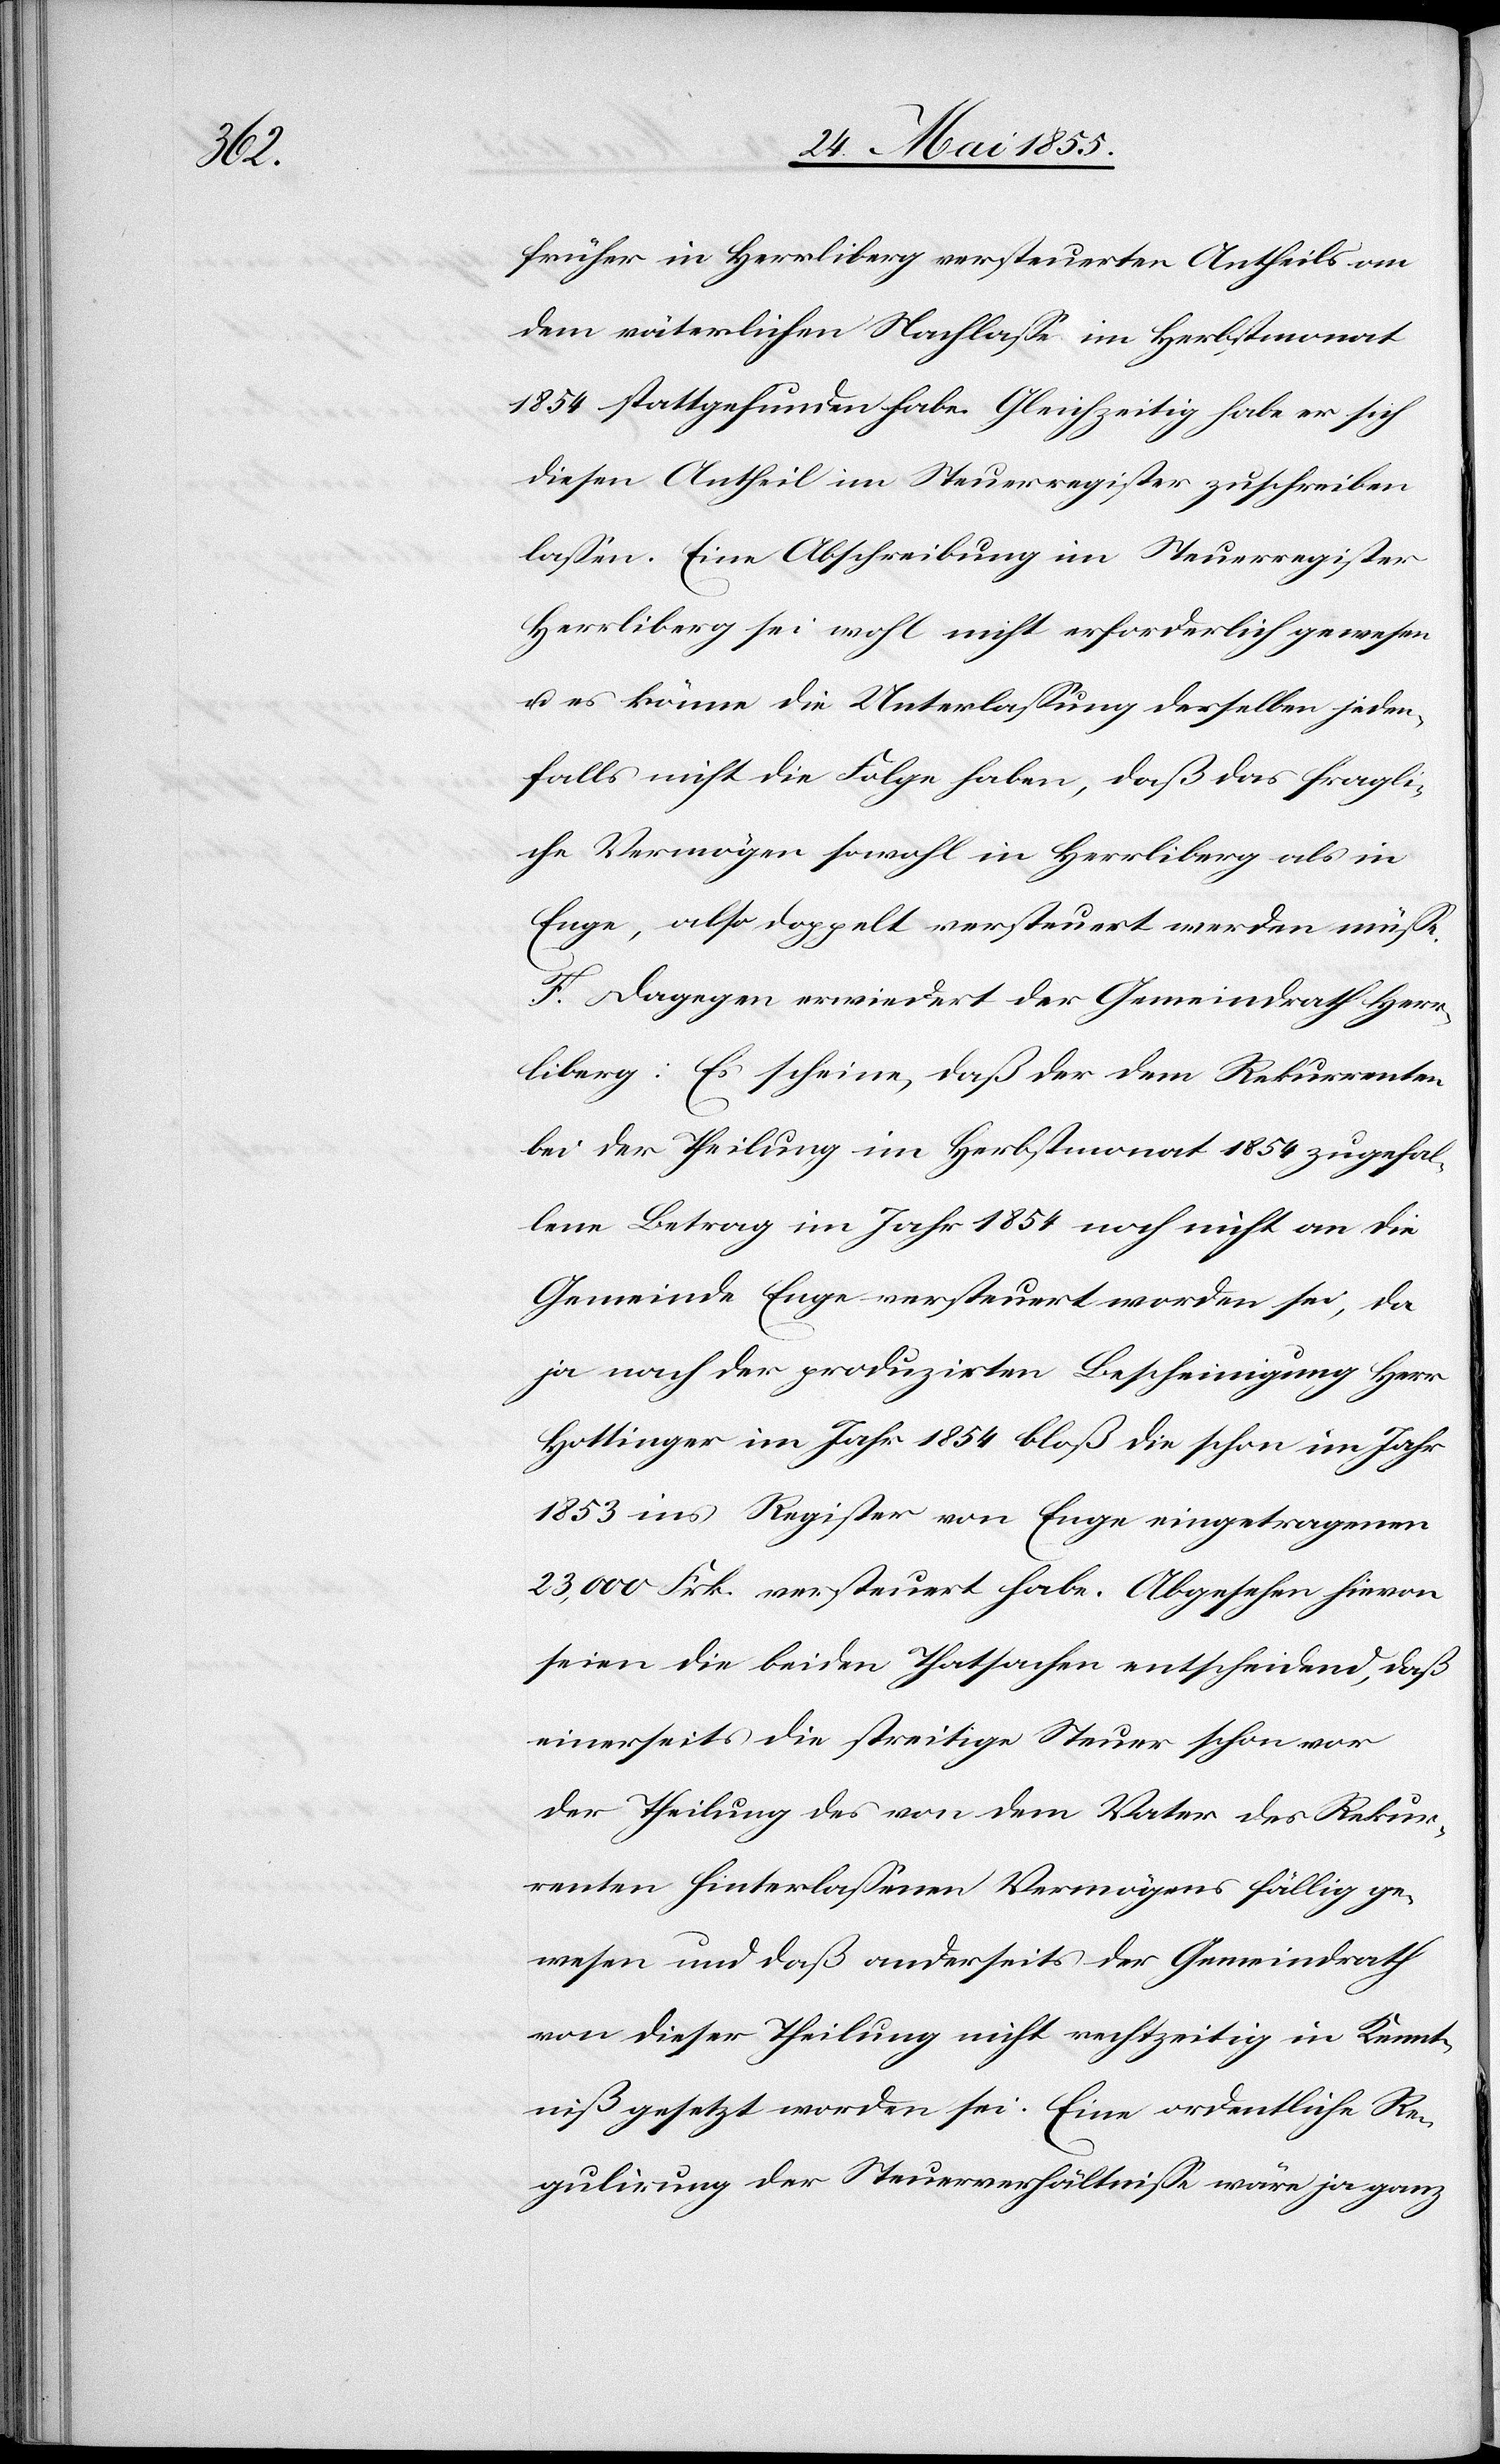
früher in Herrliberg versteuerten Antheils an
dem väterlichen Nachlasse im Herbstmonat
1854 stattgefunden habe. Gleichzeitig habe er sich
diesen Antheil im Steuerregister zuschreiben
lassen. Eine Abschreibung im Steuerregister
Herrliberg sei wohl nicht erforderlich gewesen
u. es könne die Unterlassung derselben jeden¬
falls nicht die Folge haben, daß das fragli¬
che Vermögen sowohl in Herrliberg als in
Enge, also doppelt versteuert werden müsse.
F. Dagegen erwiedert der Gemeindrath Herr¬
liberg: Es scheine, daß der dem Rekurrenten
bei der Theilung im Herbstmonat 1854 zugefal¬
lene Betrag im Jahr 1854 noch nicht an die
Gemeinde Enge versteuert worden sei, da
ja nach der produzirten Bescheinigung Herr
Hottinger im Jahr 1854 bloß die schon im Jahr
1853 ins Register von Enge eingetragenen
23,000 Frk. versteuert habe. Abgesehen hievon
seien die beiden Thatsachen entscheidend, daß
einerseits die streitige Steuer schon vor
der Theilung des von dem Vater des Rekur¬
renten hinterlassenen Vermögens fällig ge¬
wesen und daß anderseits der Gemeindrath
von dieser Theilung nicht rechtzeitig in Kennt¬
niß gesetzt worden sei. Eine ordentliche Re¬
gulirung der Steuerverhältnisse wäre ja ganz